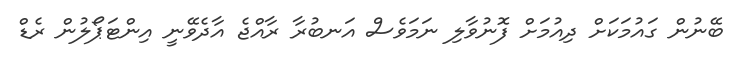
ބޭނުން ގައުމަކަށް ދިއުމަށް ފޮނުވާލި ނަމަވެސް އަނބުރާ ރާއްޖެ އާދެވޭނީ އިންޓަޕޯލުން ރެޑް